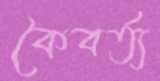
কৈবর্ত্য